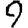
Digit: 9